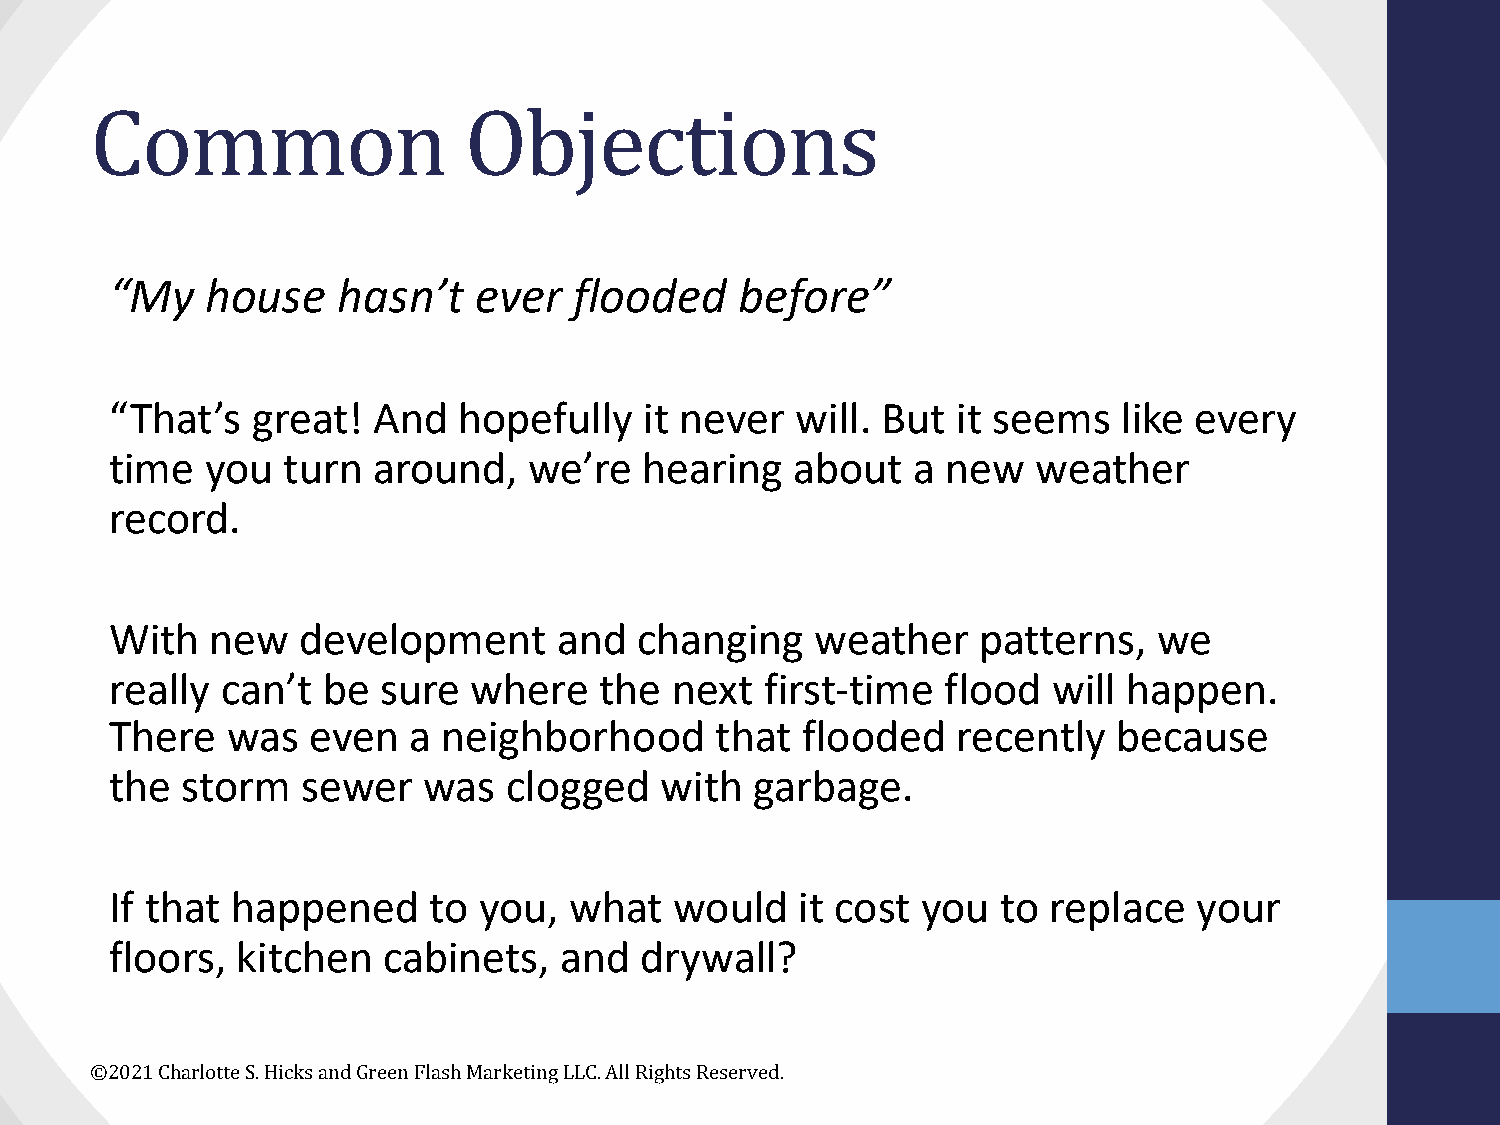
Common                   Objections
 “My    house   hasn’t   ever   flooded    before”
 “That’s   great!  And  hopefully    it never  will. But it seems   like every
 time   you  turn  around,   we’re   hearing   about  a  new   weather
 record.
 With   new   development      and  changing    weather    patterns,   we
 really  can’t be  sure  where    the next   first-time  flood  will happen.
 There   was  even   a neighborhood      that  flooded   recently   because
 the  storm   sewer   was  clogged    with  garbage.
 If that happened     to  you,  what   would   it cost you  to replace   your
 floors,  kitchen  cabinets,   and  drywall?
 ©2021 Charlotte S. Hicks and Green Flash Marketing LLC. All Rights Reserved.